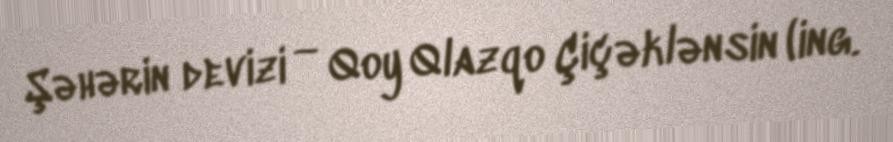
Şəhərin devizi — Qoy Qlazqo Çiçəklənsin (ing.